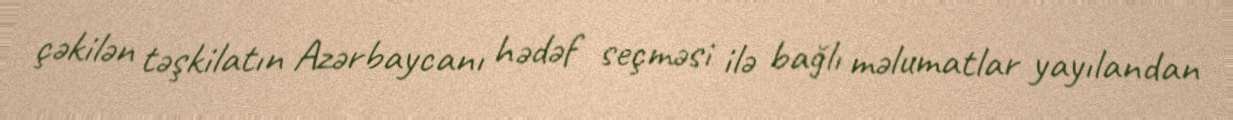
çəkilən təşkilatın Azərbaycanı hədəf seçməsi ilə bağlı məlumatlar yayılandan